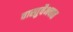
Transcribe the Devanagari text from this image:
वास्तुवैभवात